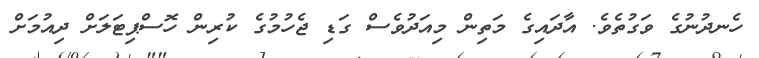
ހެނދުނުގެ ވަގުތެވެ. އާދައިގެ މަތިން މިއަދުވެސް ގަޑި ޖެހުމުގެ ކުރިން ހޮސްޕިޓަލަށް ދިއުމަށް